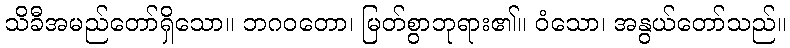
သိခီအမည်တော်ရှိသော။ ဘဂဝတော၊ မြတ်စွာဘုရား၏။ ဝံသော၊ အနွယ်တော်သည်။